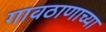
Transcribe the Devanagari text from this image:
गावठाणाच्या